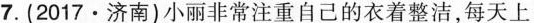
7.(2017·济南)小丽非常注重自己的衣着整洁，每天上